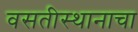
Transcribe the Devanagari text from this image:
वसतीस्थानाचा